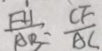
\frac { F H } { A B } = \frac { C F } { A C }